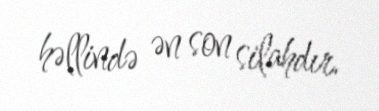
həllində ən son silahdır.